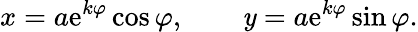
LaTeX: x=a\mathrm{e}^{k\varphi}\cos\varphi,\qquad\mathit{y}=a\mathrm{e}^{k\varphi}\sin\varphi.